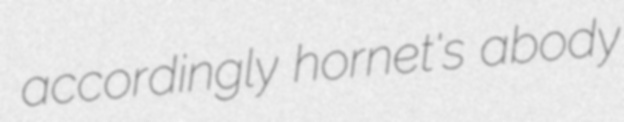
accordingly hornet's abody